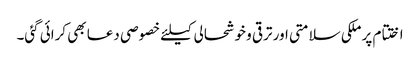
اختتام پر ملکی سلامتی اور ترقی و خوشحالی کیلئے خصوصی دعا بھی کرائی گئی۔